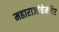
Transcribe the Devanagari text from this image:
महाराजांचेमंदिर